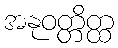
အနုဝတ္တိတ္ထ